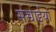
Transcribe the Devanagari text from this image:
सच्चाईयां